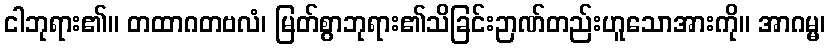
ငါဘုရား၏။ တထာဂတဗလံ၊ မြတ်စွာဘုရား၏သိခြင်းဉာဏ်တည်းဟူသောအားကို။ အာဂမ္မ၊